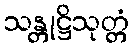
သန္တုဋ္ဌိသုတ္တံ